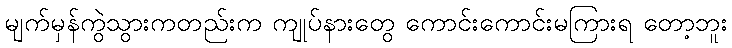
မျက်မှန်ကွဲသွားကတည်းက ကျုပ်နားတွေ ကောင်းကောင်းမကြားရ တော့ဘူး